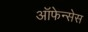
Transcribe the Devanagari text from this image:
ऑफेन्सेस